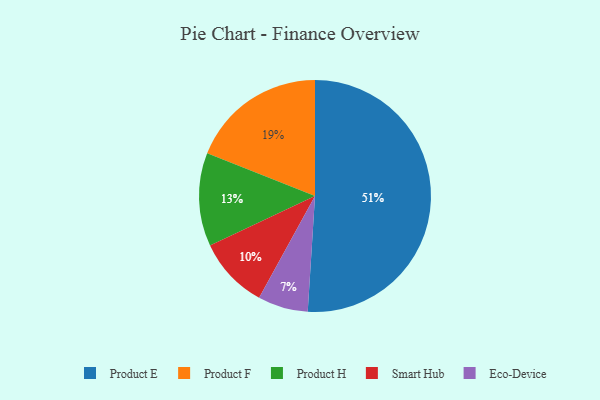
{"axis": {"x": "Category", "y": "Percentage"}, "legend": ["Eco-Device", "Product E", "Product F", "Product H", "Smart Hub"], "data": [{"x": "Product E", "y": 51, "type": "Product E"}, {"x": "Product H", "y": 13, "type": "Product H"}, {"x": "Eco-Device", "y": 7, "type": "Eco-Device"}, {"x": "Product F", "y": 19, "type": "Product F"}, {"x": "Smart Hub", "y": 10, "type": "Smart Hub"}]}